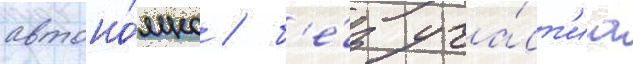
автоно́мно / б'е́з уча́ст'иа